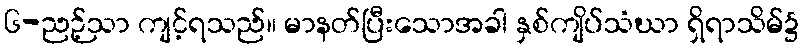
၆-ညဉ့်သာ ကျင့်ရသည်။ မာနတ်ပြီးသောအခါ နှစ်ကျိပ်သံဃာ ရှိရာသိမ်၌